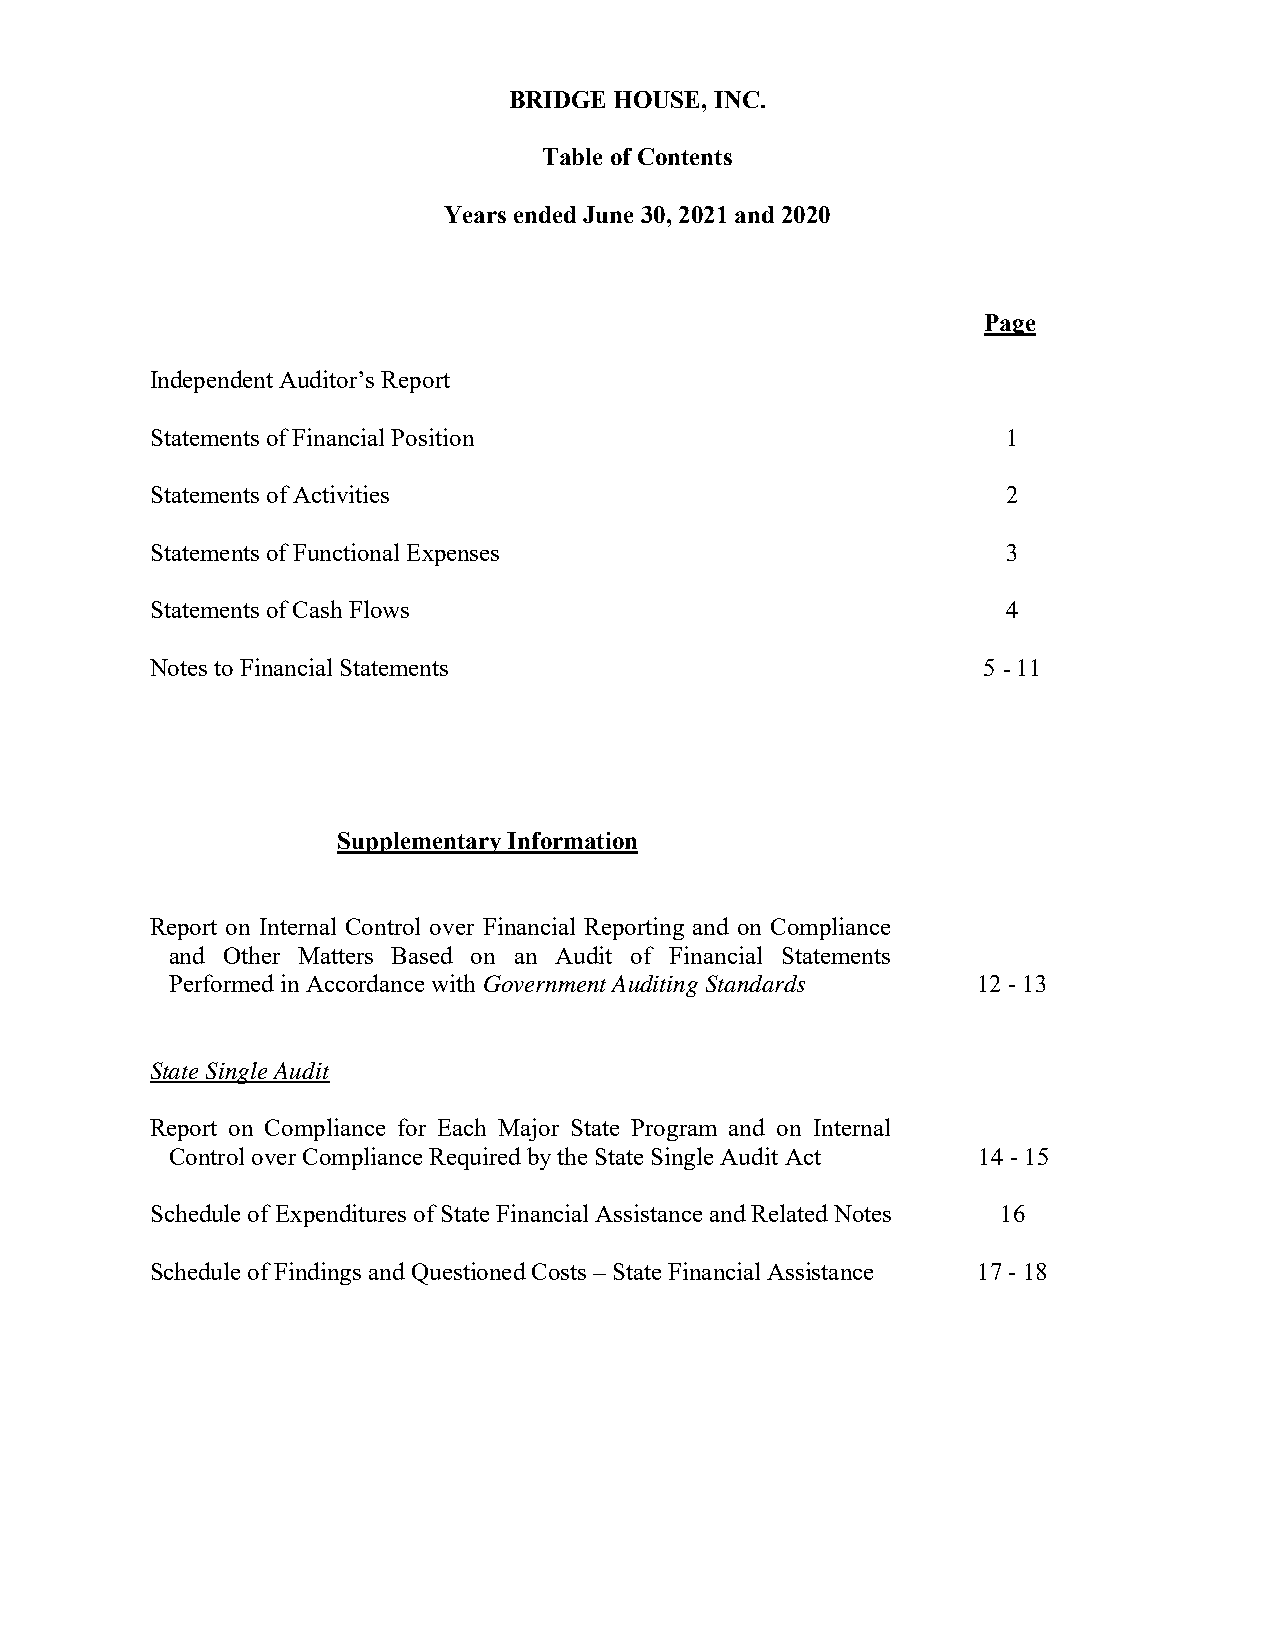
BRIDGE HOUSE, INC.
 Table of Contents
 Years ended June 30, 2021 and 2020
 Page
 Independent Auditor’s Report
 Statements of Financial Position                         1
 Statements of Activities                                 2
 Statements of Functional Expenses                        3
 Statements of Cash Flows                                 4
 Notes to Financial Statements                          5 - 11
 Supplementary Information
 Report on Internal Control over Financial Reporting and on Compliance
 and Other Matters Based on an Audit of Financial Statements
 Performed in Accordance with Government Auditing Standards 12 - 13
 State Single Audit
 Report on Compliance for Each Major State Program and on Internal
 Control over Compliance Required by the State Single Audit Act 14 - 15
 Schedule of Expenditures of State Financial Assistance and Related Notes 16
 Schedule of Findings and Questioned Costs – State Financial Assistance 17 - 18